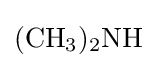
{(\mathrm {CH} {\vphantom {A}}_{\smash[{t}]{3}}){\vphantom {A}}_{\smash[{t}]{2}}\mathrm {NH} }